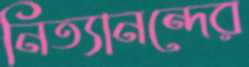
নিত্যানন্দের